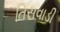
તિસવાડી